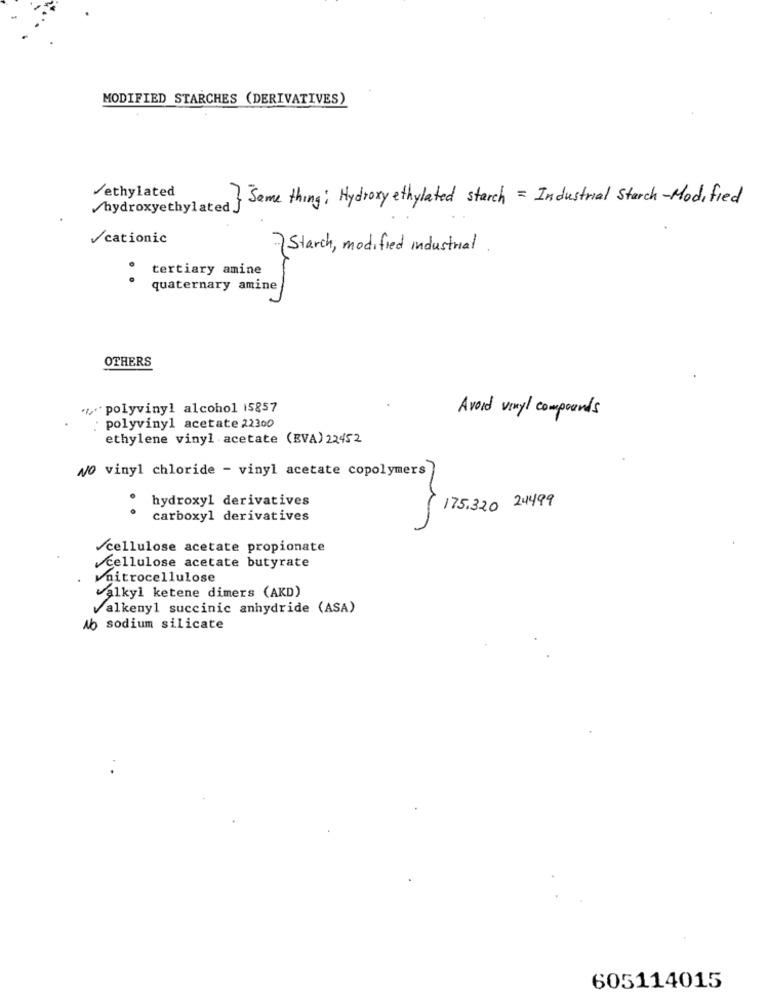
MODIFIED STARCHES (DERIVATIVES)
/ethylated
Same thing: Hydroxy ethylated starch = Industrial Starch-Modified
hydroxyethylated }
/cationic
Starch, modified industrial .
tertiary amine
quaternary amine
OTHERS
**** polyvinyl alcohol 15857
Avoid vinyl compounds
polyvinyl acetate 22300
ethylene vinyl acetate (EVA) 22452
No vinyl chloride - vinyl acetate copolymers
hydroxyl derivatives
175.320 24499
carboxyl derivatives
/cellulose acetate propionate
Cellulose acetate butyrate
nitrocellulose
alkyl ketene dimers (AKD)
valkenyl succinic anhydride (ASA)
Ab sodium silicate
605114015